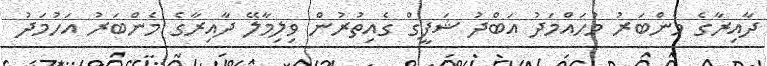
ދާއިރާގެ މެންބަރު މުހައްމަދު އަބްދު ޝަފީގް ގެއިތުރުން ވިލިމާލޭ ދާއިރާގެ މެންބަރު އަހުމަދު